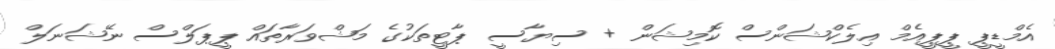
އެމްޑީޕީ ޕީޕީއެމް އިލެކްޝަންސް ކޮމިޝަން + ސިޔާސީ ޕާޓީތަކުގެ މަޝްވަރާތައް ޕީޕަލްސް ނޭޝަނަލް